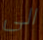
الى